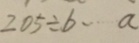
2 0 5 \div b \cdots a